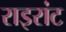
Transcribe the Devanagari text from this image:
राइरांट